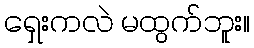
ရှေးကလဲ မထွက်ဘူး။